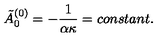
\tilde { A } _ { 0 } ^ { ( 0 ) } = - \frac { 1 } { \alpha \kappa } = c o n s t a n t .